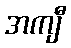
အကျီ